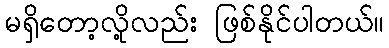
မရှိတော့လို့လည်း ဖြစ်နိုင်ပါတယ်။